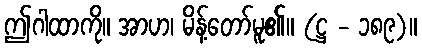
ဤဂါထာကို။ အာဟ၊ မိန့်တော်မူ၏။ (ဋ္ဌ - ၁၈၉)။